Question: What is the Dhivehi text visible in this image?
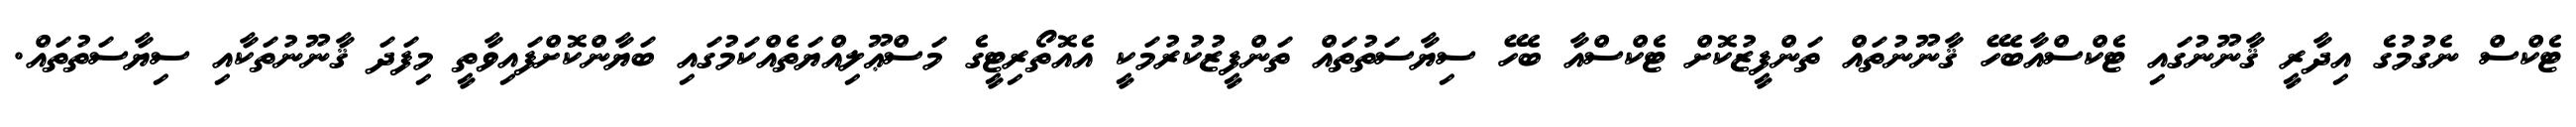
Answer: ޓެކްސް ނެގުމުގެ އިދާރީ ޤާނޫނުގައި ޓެކްސްއާބެހޭ ޤާނޫނުތައް ތަންފީޒުކޮށް ޓެކްސްއާ ބެހޭ ސިޔާސަތުތައް ތަންފީޒުކުރުމަކީ އެއޮތޯރިޓީގެ މަސްޢޫލިއްޔަތެއްކަމުގައި ބަޔާންކޮށްފައިވާތީ މިފަދަ ޤާނޫނުތަކާއި ސިޔާސަތުތައް.